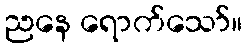
ညနေ ရောက်သော်။